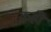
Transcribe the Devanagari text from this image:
कहोँ